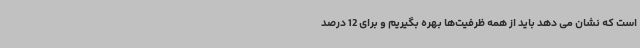
است که نشان می دهد باید از همه ظرفیت‌ها بهره بگیریم و برای 12 درصد